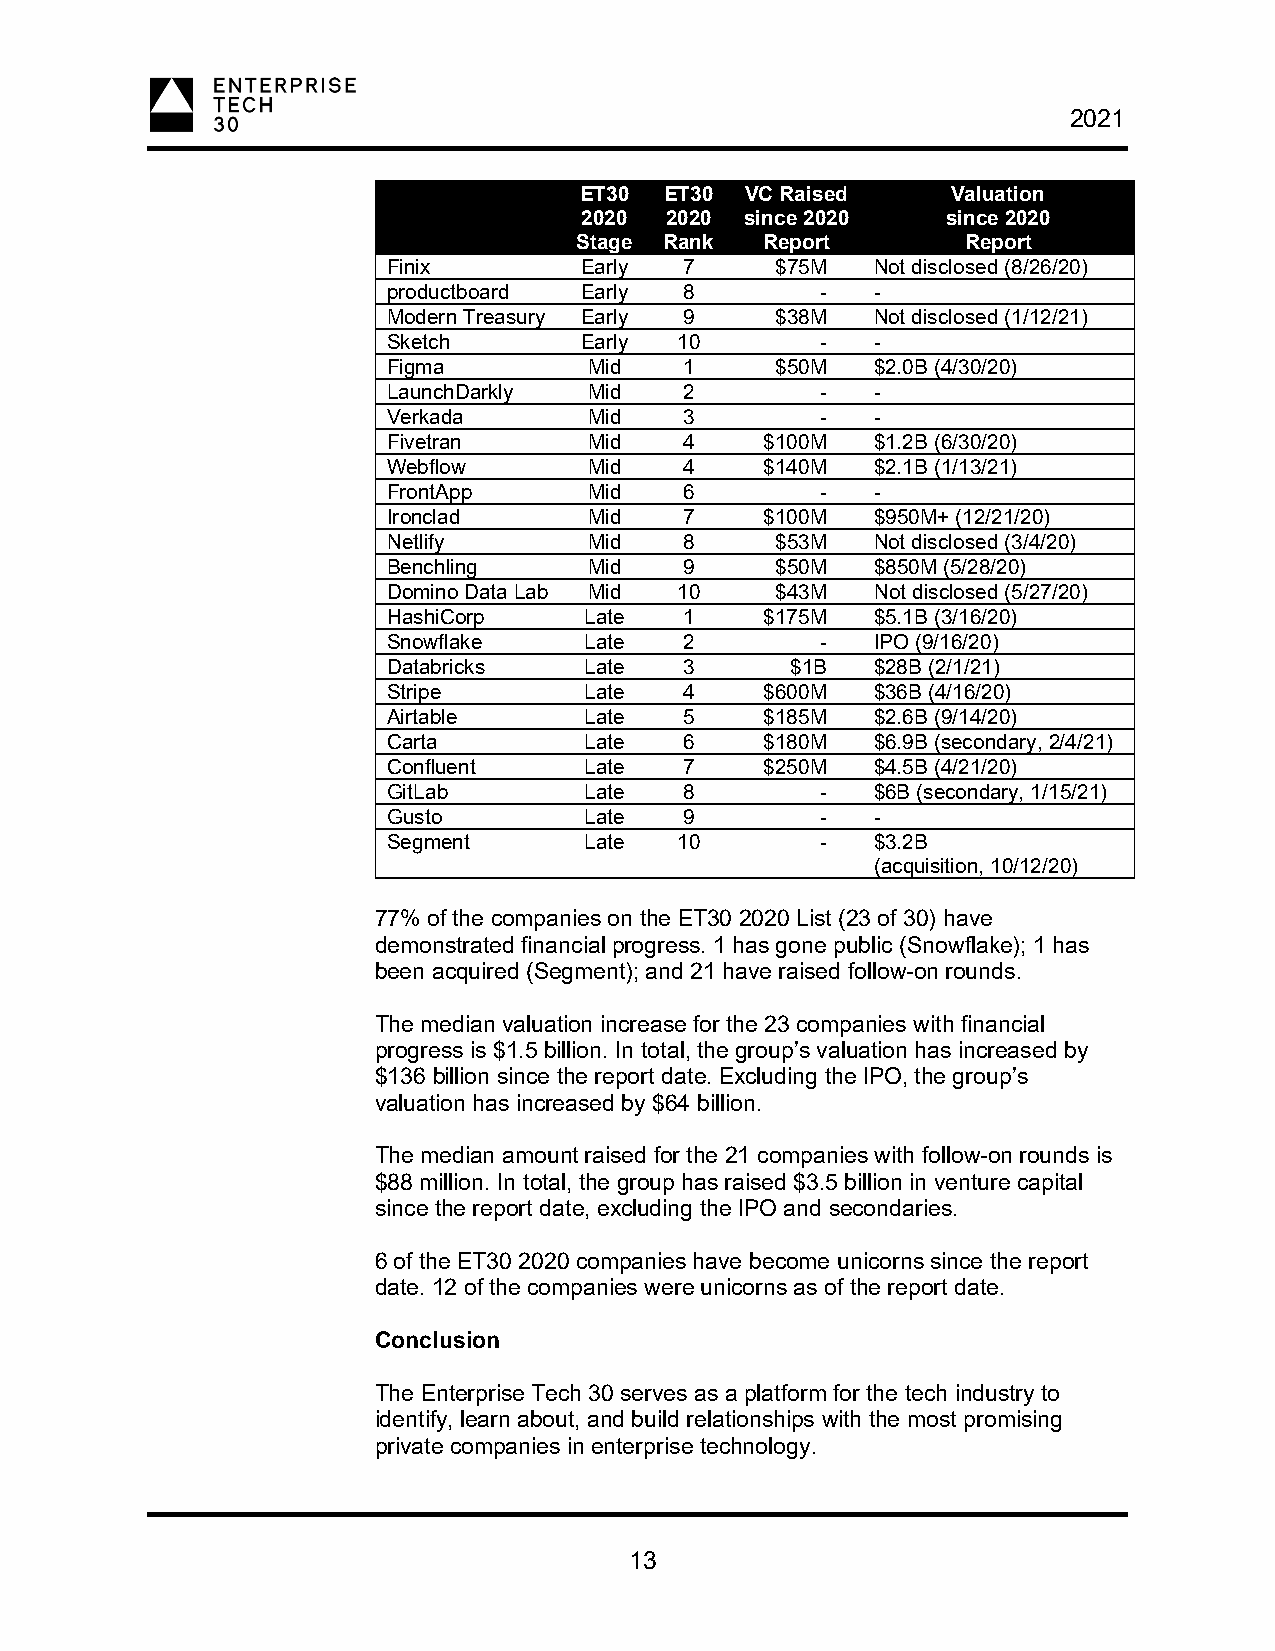
2021
 ET30  ET30 VC Raised     Valuation
 2020  2020 since 2020    since 2020
 Stage Rank   Report       Report
 Finix       Early  7     $75M   Not disclosed (8/26/20)
 productboard Early 8        -   -
 Modern Treasury Early 9  $38M   Not disclosed (1/12/21)
 Sketch      Early  10       -   -
 Figma        Mid   1     $50M   $2.0B (4/30/20)
 LaunchDarkly Mid   2        -   -
 Verkada      Mid   3        -   -
 Fivetran     Mid   4     $100M  $1.2B (6/30/20)
 Webflow      Mid   4     $140M  $2.1B (1/13/21)
 FrontApp     Mid   6        -   -
 Ironclad     Mid   7     $100M  $950M+ (12/21/20)
 Netlify      Mid   8     $53M   Not disclosed (3/4/20)
 Benchling    Mid   9     $50M   $850M (5/28/20)
 Domino Data Lab Mid 10   $43M   Not disclosed (5/27/20)
 HashiCorp    Late  1     $175M  $5.1B (3/16/20)
 Snowflake    Late  2        -   IPO (9/16/20)
 Databricks   Late  3      $1B   $28B (2/1/21)
 Stripe       Late  4     $600M  $36B (4/16/20)
 Airtable     Late  5     $185M  $2.6B (9/14/20)
 Carta        Late  6     $180M  $6.9B (secondary, 2/4/21)
 Confluent    Late  7     $250M  $4.5B (4/21/20)
 GitLab       Late  8        -   $6B (secondary, 1/15/21)
 Gusto        Late  9        -   -
 Segment      Late  10       -   $3.2B
 (acquisition, 10/12/20)
 77% of the companies on the ET30 2020 List (23 of 30) have
 demonstrated financial progress. 1 has gone public (Snowflake); 1 has
 been acquired (Segment); and 21 have raised follow-on rounds.
 The median valuation increase for the 23 companies with financial
 progress is $1.5 billion. In total, the group’s valuation has increased by
 $136 billion since the report date. Excluding the IPO, the group’s
 valuation has increased by $64 billion.
 The median amount raised for the 21 companies with follow-on rounds is
 $88 million. In total, the group has raised $3.5 billion in venture capital
 since the report date, excluding the IPO and secondaries.
 6 of the ET30 2020 companies have become unicorns since the report
 date. 12 of the companies were unicorns as of the report date.
 Conclusion
 The Enterprise Tech 30 serves as a platform for the tech industry to
 identify, learn about, and build relationships with the most promising
 private companies in enterprise technology.
 13